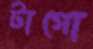
টাগো